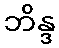
ဘိန္ဒ